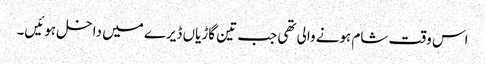
اس وقت شام ہونے والی تھی جب تین گاڑیاں ڈیرے میں داخل ہوئیں۔